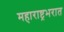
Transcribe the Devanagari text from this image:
महाराष्ट्रभरात